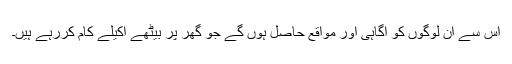
اس سے ان لوگوں کو آگاہی اور مواقع حاصل ہوں گے جو گھر پر بیٹھے اکیلے کام کررہے ہیں۔